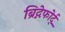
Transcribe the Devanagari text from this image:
ब्रिद्गेफोर्द्